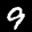
Label: 9